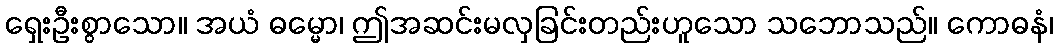
ရှေးဦးစွာသော။ အယံ ဓမ္မော၊ ဤအဆင်းမလှခြင်းတည်းဟူသော သဘောသည်။ ကောဓနံ၊